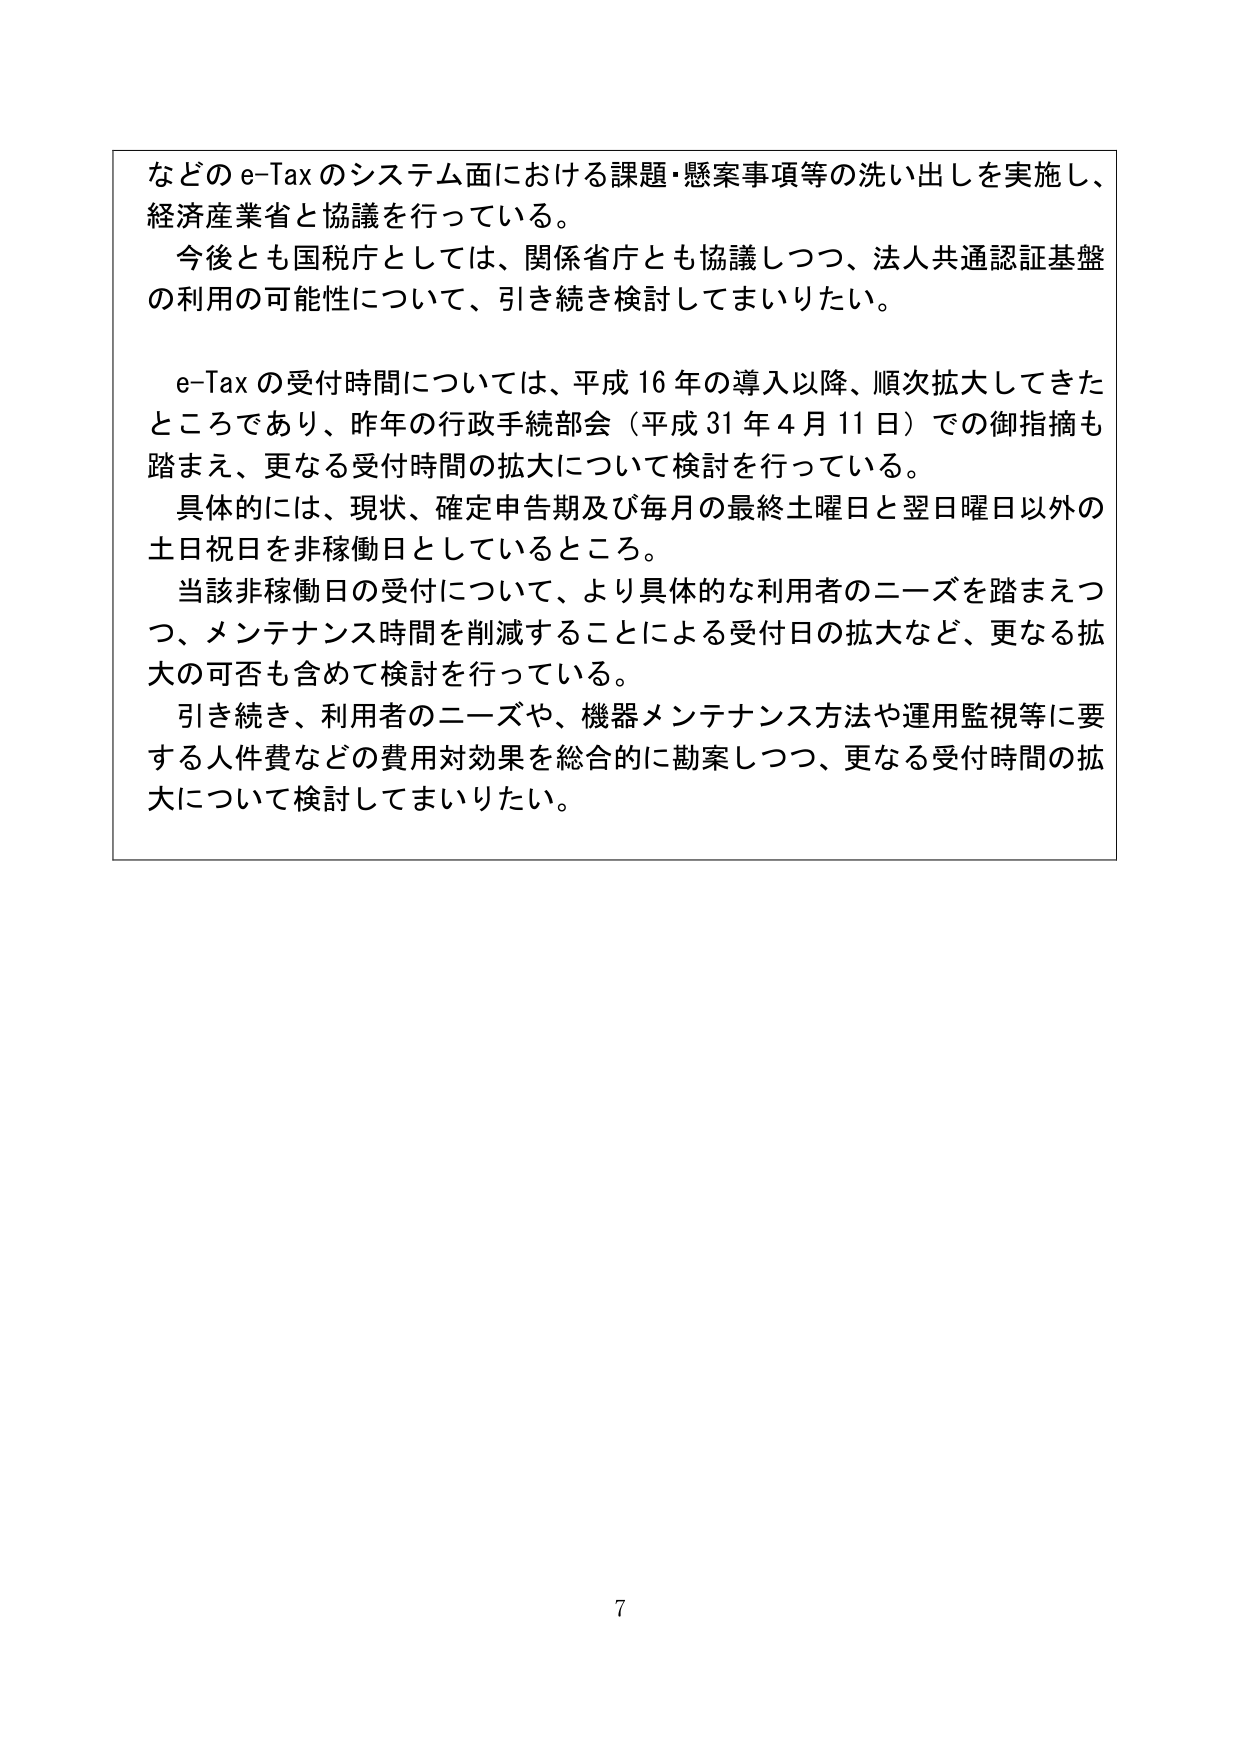
などの e-Tax のシステム面における課題・懸案事項等の洗い出しを実施し、
経済産業省と協議を行っている。
今後とも国税庁としては、関係省庁とも協議しつつ、法人共通認証基盤
の利用の可能性について、引き続き検討してまいりたい。

e-Tax の受付時間については、平成 16 年の導入以降、順次拡大してきた
ところであり、昨年の行政手続部会（平成 31 年 4 月 11 日）での御指摘も
踏まえ、更なる受付時間の拡大について検討を行っている。
具体的には、現状、確定申告期及び毎月の最終土曜日と翌日曜日以外の
土日祝日を非稼働日としているところ。
当該非稼働日の受付について、より具体的な利用者のニーズを踏まえつ
つ、メンテナンス時間を削減することによる受付日の拡大など、更なる拡
大の可否も含めて検討を行っている。
引き続き、利用者のニーズや、機器メンテナンス方法や運用監視等に要
する人件費などの費用対効果を総合的に勘案しつつ、更なる受付時間の拡
大について検討してまいりたい。

7